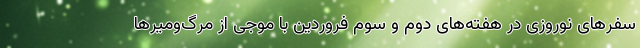
سفرهای نوروزی در هفته‌های دوم و سوم فروردین با موجی از مرگ‌ومیرها